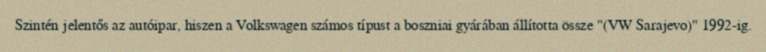
Szintén jelentős az autóipar, hiszen a Volkswagen számos típust a boszniai gyárában állította össze "(VW Sarajevo)" 1992-ig.